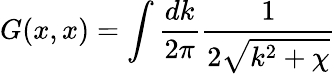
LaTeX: G(x,x)=\int\frac{dk}{2\pi}\frac{1}{2\sqrt{k^{2}+\chi}}